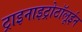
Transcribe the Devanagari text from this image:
ट्राइनाइट्रोटॉलूईन